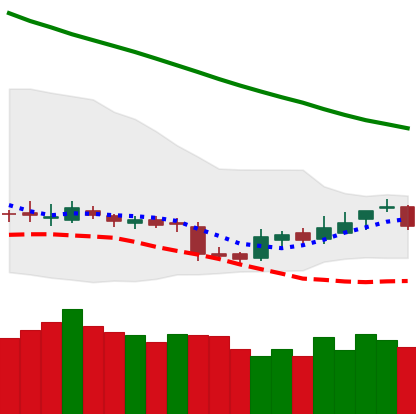
Ticker: BNB-USD
Chart end date: 2018-11-08
Forward return: -4.171%
Label: down_3_5